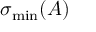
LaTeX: \sigma _ { \mathrm { m i n } } ( A )